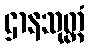
ဌာနသုတ္တံ